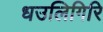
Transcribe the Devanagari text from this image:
धउलिगिरि